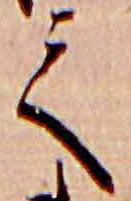
て